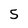
Character: 5